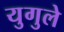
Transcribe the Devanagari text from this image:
युगुले